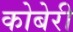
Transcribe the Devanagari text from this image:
कोबेरी